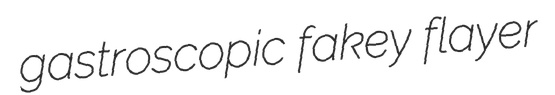
gastroscopic fakey flayer